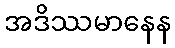
အဒိဿမာနေန